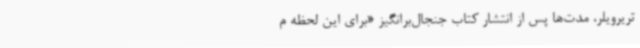
تریرویلر، مدت‌ها پس از انتشار کتاب جنجال‌برانگیز «برای این لحظه م